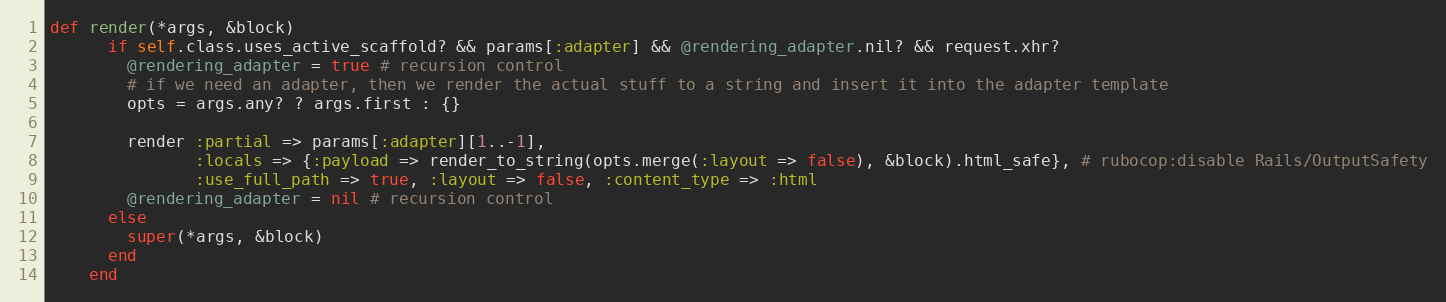
Language: Ruby
def render(*args, &block)
      if self.class.uses_active_scaffold? && params[:adapter] && @rendering_adapter.nil? && request.xhr?
        @rendering_adapter = true # recursion control
        # if we need an adapter, then we render the actual stuff to a string and insert it into the adapter template
        opts = args.any? ? args.first : {}

        render :partial => params[:adapter][1..-1],
               :locals => {:payload => render_to_string(opts.merge(:layout => false), &block).html_safe}, # rubocop:disable Rails/OutputSafety
               :use_full_path => true, :layout => false, :content_type => :html
        @rendering_adapter = nil # recursion control
      else
        super(*args, &block)
      end
    end